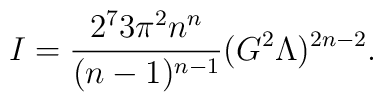
I=\frac{2^7 3\pi^2 n^n}{(n-1)^{n-1}}(G^2\Lambda)^{2n-2}.